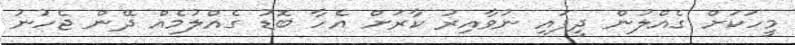
މީހަކަށް ގެއްލުން ދީފައި ނުވާއިރު ކާރަށް އެހާ ބޮޑު ގެއްލުމެއް ދޭން ޖެހުނު